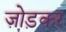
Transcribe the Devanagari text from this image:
ज़ोड़कर